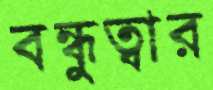
বন্ধুত্বার